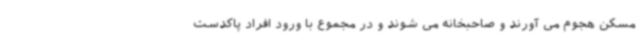
مسکن هجوم می آورند و صاحبخانه می شوند و در مجموع با ورود افراد پاکدست